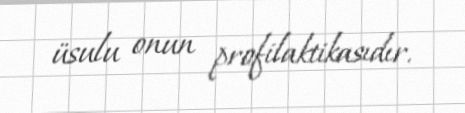
üsulu onun profilaktikasıdır.